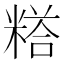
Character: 𮇰